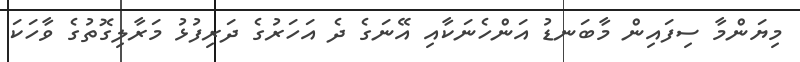
މިޔަންމާ ސިފައިން މާބަނޑު އަންހެނަކާއި އޭނަގެ ދެ އަހަރުގެ ދަރިފުޅު މަރާލިގޮތުގެ ވާހަކަ